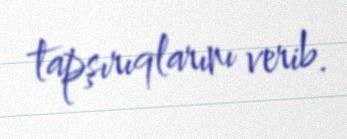
tapşırıqlarını verib.